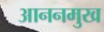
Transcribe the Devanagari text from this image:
आननमुख